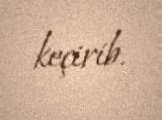
keçirib.